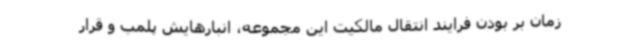
زمان بر بودن فرایند انتقال مالکیت این مجموعه، انبارهایش پلمب و قرار